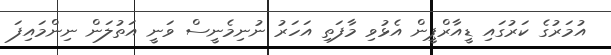
އުމަރުގެ ކަރުގައި ޑީއާރްޕީން އެޅުވި މާފަތި އަހަރު ނުނިމެނީސް ވަނީ އަތުލަން ނިންމައިފަ